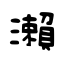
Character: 瀨